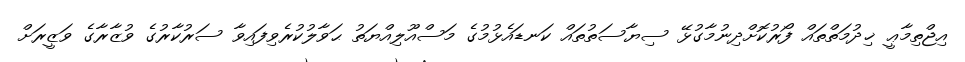
އިޖްތިމާޢީ ޚިދުމަތްތައް ފޯރުކޮށްދިނުމާގުޅޭ ސިޔާސަތުތައް ކަނޑައެޅުމުގެ މަސްއޫލިއްޔަތު ޙަވާލުކުރެވިފައިވާ ސަރުކާރުގެ ވުޒާރާގެ ވަޒީރަށް